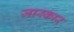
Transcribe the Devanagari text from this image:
जास्कार